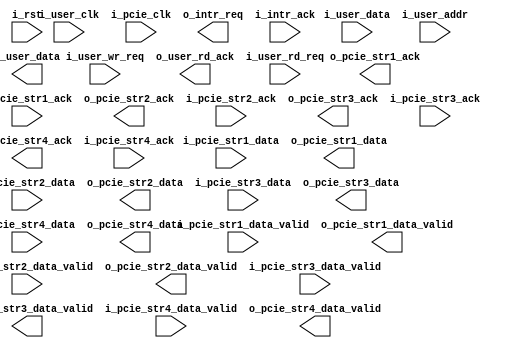
//--------------------------------------------------------------------------------
// Project    : SWITCH
// Version    : 0.1
//
// Description: A dummy user logic for testing purpose
//--------------------------------------------------------------------------------

module user_logic_top(
    input              i_user_clk,
	 input              i_pcie_clk,
    input              i_rst,
    //reg i/f 
    input    [31:0]    i_user_data,
    input    [19:0]    i_user_addr,
    input              i_user_wr_req,
    output  [31:0]     o_user_data,
    output             o_user_rd_ack,
    input              i_user_rd_req, 
    //stream i/f 1
    input              i_pcie_str1_data_valid,
    output             o_pcie_str1_ack,
    input    [63:0]    i_pcie_str1_data,
    output             o_pcie_str1_data_valid,
    input              i_pcie_str1_ack,
    output   [63:0]    o_pcie_str1_data,
    //stream i/f 2       
    input              i_pcie_str2_data_valid,
    output             o_pcie_str2_ack,
    input    [63:0]    i_pcie_str2_data,
    output             o_pcie_str2_data_valid,
    input              i_pcie_str2_ack,
    output   [63:0]    o_pcie_str2_data,
    //stream i/f 3
    input              i_pcie_str3_data_valid,
    output             o_pcie_str3_ack,
    input    [63:0]    i_pcie_str3_data,
    output             o_pcie_str3_data_valid,
    input              i_pcie_str3_ack,
    output   [63:0]    o_pcie_str3_data,
    //stream i/f 4
    input              i_pcie_str4_data_valid,
    output             o_pcie_str4_ack,
    input    [63:0]    i_pcie_str4_data,
    output             o_pcie_str4_data_valid,
    input              i_pcie_str4_ack,
    output   [63:0]    o_pcie_str4_data,
    //interrupt if
    output             o_intr_req,
    input              i_intr_ack
);
/*
wire [63:0] adpt_user_str1_data;
wire [63:0] user_adpt_str1_data;
wire [63:0] adpt_user_str2_data;
wire [63:0] user_adpt_str2_data;
wire [63:0] adpt_user_str3_data;
wire [63:0] user_adpt_str3_data;
wire [63:0] adpt_user_str4_data;
wire [63:0] user_adpt_str4_data;

// Instantiate the module
user_logic_adapter ula (
    .i_user_clk(i_user_clk), 
	 .i_pcie_clk(i_pcie_clk),
    .i_rst(i_rst),
    .i_pcie_str1_data_valid(i_pcie_str1_data_valid), 
    .o_pcie_str1_ack(o_pcie_str1_ack), 
    .i_pcie_str1_data(i_pcie_str1_data), 
    .o_pcie_str1_data_valid(o_pcie_str1_data_valid), 
    .i_pcie_str1_ack(i_pcie_str1_ack), 
    .o_pcie_str1_data(o_pcie_str1_data), 
    .i_pcie_str2_data_valid(i_pcie_str2_data_valid), 
    .o_pcie_str2_ack(o_pcie_str2_ack), 
    .i_pcie_str2_data(i_pcie_str2_data), 
    .o_pcie_str2_data_valid(o_pcie_str2_data_valid), 
    .i_pcie_str2_ack(i_pcie_str2_ack), 
    .o_pcie_str2_data(o_pcie_str2_data), 
    .i_pcie_str3_data_valid(i_pcie_str3_data_valid), 
    .o_pcie_str3_ack(o_pcie_str3_ack), 
    .i_pcie_str3_data(i_pcie_str3_data), 
    .o_pcie_str3_data_valid(o_pcie_str3_data_valid), 
    .i_pcie_str3_ack(i_pcie_str3_ack), 
    .o_pcie_str3_data(o_pcie_str3_data), 
    .i_pcie_str4_data_valid(i_pcie_str4_data_valid), 
    .o_pcie_str4_ack(o_pcie_str4_ack), 
    .i_pcie_str4_data(i_pcie_str4_data), 
    .o_pcie_str4_data_valid(o_pcie_str4_data_valid), 
    .i_pcie_str4_ack(i_pcie_str4_ack), 
    .o_pcie_str4_data(o_pcie_str4_data), 
    //to user logic
    .i_pcie_adpt_str1_data_valid(user_adpt_str1_data_valid), 
    .o_pcie_adpt_str1_ack(user_adpt_str1_ack), 
    .i_pcie_adpt_str1_data(user_adpt_str1_data), 
    .o_pcie_adpt_str1_data_valid(adpt_user_str1_data_valid), 
    .i_pcie_adpt_str1_ack(adpt_user_adpt_str1_ack), 
    .o_pcie_adpt_str1_data(adpt_user_str1_data), 
    .i_pcie_adpt_str2_data_valid(user_adpt_str2_data_valid), 
    .o_pcie_adpt_str2_ack(user_adpt_str2_ack), 
    .i_pcie_adpt_str2_data(user_adpt_str2_data), 
    .o_pcie_adpt_str2_data_valid(adpt_user_str2_data_valid), 
    .i_pcie_adpt_str2_ack(adpt_user_adpt_str2_ack), 
    .o_pcie_adpt_str2_data(adpt_user_str2_data),
    .i_pcie_adpt_str3_data_valid(user_adpt_str3_data_valid), 
    .o_pcie_adpt_str3_ack(user_adpt_str3_ack), 
    .i_pcie_adpt_str3_data(user_adpt_str3_data), 
    .o_pcie_adpt_str3_data_valid(adpt_user_str3_data_valid), 
    .i_pcie_adpt_str3_ack(adpt_user_adpt_str3_ack), 
    .o_pcie_adpt_str3_data(adpt_user_str3_data),
    .i_pcie_adpt_str4_data_valid(user_adpt_str4_data_valid), 
    .o_pcie_adpt_str4_ack(user_adpt_str4_ack), 
    .i_pcie_adpt_str4_data(user_adpt_str4_data), 
    .o_pcie_adpt_str4_data_valid(adpt_user_str4_data_valid), 
    .i_pcie_adpt_str4_ack(adpt_user_adpt_str4_ack), 
    .o_pcie_adpt_str4_data(adpt_user_str4_data)
    );

// Instantiate the module
user_logic ul (
    .i_user_clk(i_user_clk), 
    .i_rst(i_rst), 
    .i_user_data(i_user_data), 
    .i_user_addr(i_user_addr), 
    .i_user_wr_req(i_user_wr_req), 
    .o_user_data(o_user_data), 
    .o_user_rd_ack(o_user_rd_ack), 
    .i_user_rd_req(i_user_rd_req), 
    .i_pcie_str1_data_valid(adpt_user_str1_data_valid), 
    .o_pcie_str1_ack(adpt_user_adpt_str1_ack), 
    .i_pcie_str1_data(adpt_user_str1_data), 
    .o_pcie_str1_data_valid(user_adpt_str1_data_valid), 
    .i_pcie_str1_ack(user_adpt_str1_ack), 
    .o_pcie_str1_data(user_adpt_str1_data), 
    .i_pcie_str2_data_valid(adpt_user_str2_data_valid), 
    .o_pcie_str2_ack(adpt_user_adpt_str2_ack), 
    .i_pcie_str2_data(adpt_user_str2_data), 
    .o_pcie_str2_data_valid(user_adpt_str2_data_valid), 
    .i_pcie_str2_ack(user_adpt_str2_ack), 
    .o_pcie_str2_data(user_adpt_str2_data), 
    .i_pcie_str3_data_valid(adpt_user_str3_data_valid), 
    .o_pcie_str3_ack(adpt_user_adpt_str3_ack), 
    .i_pcie_str3_data(adpt_user_str3_data), 
    .o_pcie_str3_data_valid(user_adpt_str3_data_valid), 
    .i_pcie_str3_ack(user_adpt_str3_ack), 
    .o_pcie_str3_data(user_adpt_str3_data), 
    .i_pcie_str4_data_valid(adpt_user_str4_data_valid), 
    .o_pcie_str4_ack(adpt_user_adpt_str4_ack), 
    .i_pcie_str4_data(adpt_user_str4_data), 
    .o_pcie_str4_data_valid(user_adpt_str4_data_valid), 
    .i_pcie_str4_ack(user_adpt_str4_ack), 
    .o_pcie_str4_data(user_adpt_str4_data),     
    .o_intr_req(o_intr_req), 
    .i_intr_ack(i_intr_ack)
    );
*/
endmodule